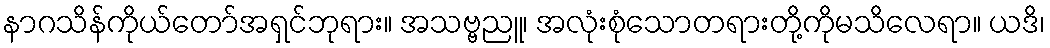
နာဂသိန်ကိုယ်တော်အရှင်ဘုရား။ အသဗ္ဗညူ၊ အလုံးစုံသောတရားတို့ကိုမသိလေရာ။ ယဒိ၊